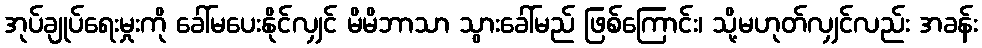
အုပ်ချုပ်ရေးမှုးကို ခေါ်မပေးနိုင်လျှင် မိမိဘာသာ သွားခေါ်မည် ဖြစ်ကြောင်း၊ သို့မဟုတ်လျှင်လည်း အခန်း